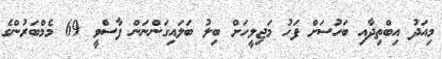
މިއަދު އިބްތިދާއި ބަހުސަށް ފަހު މަޖިލީހަށް ބިލު ބަލައިގަންނަން ފާސްވީ 69 މެމްބަރުންގެ